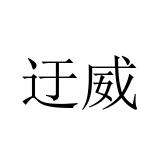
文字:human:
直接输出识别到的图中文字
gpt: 迂威